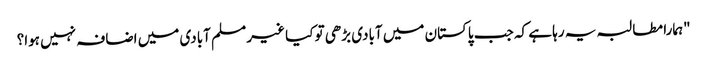
"ہمارا مطالبہ یہ رہا ہے کہ جب پاکستان میں آبادی بڑھی تو کیا غیر مسلم آبادی میں اضافہ نہیں ہوا؟